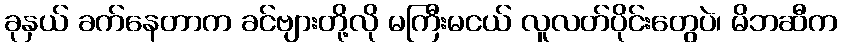
ခုနှယ် ခက်နေတာက ခင်ဗျားတို့လို မကြီးမငယ် လူလတ်ပိုင်းတွေပဲ၊ မိဘဆီက